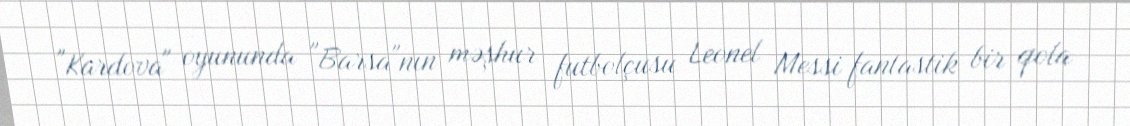
"Kardova" oyununda "Barsa"nın məşhur futbolçusu Leonel Messi fantastik bir qola